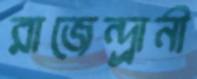
রাজেন্দ্র্রানী